Annual administration report of the Civil Veterinary Department, Ajmere-Merwara, British Rajputana - 1914-1940
Year: 1914
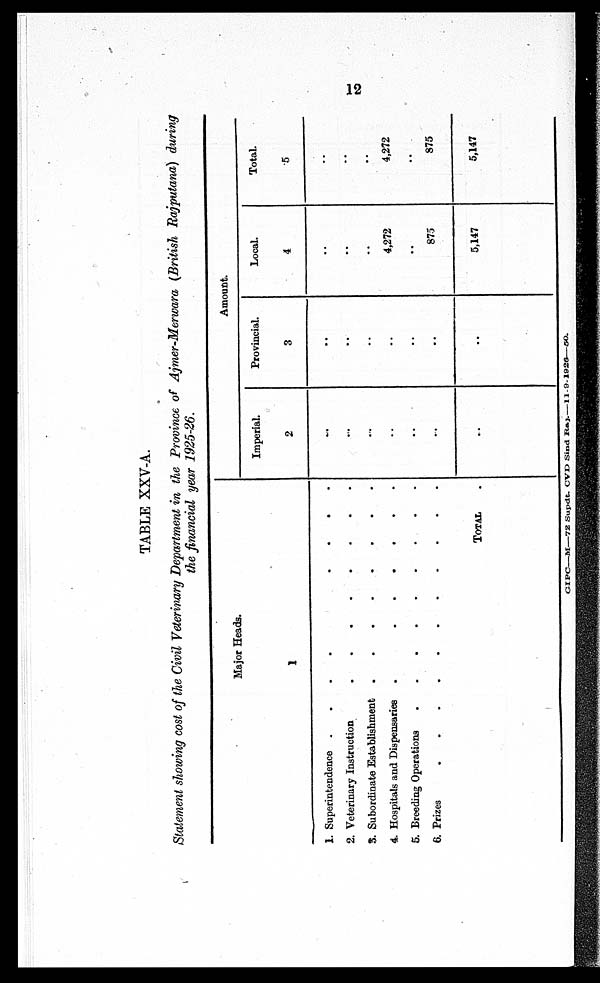
12
TABLE XXV-A.
Statement showing cost of the Civil Veterinary Department in the Province of Ajmer-Merwara (British Rajputana) during
the financial year 1925-26.
Major Heads.
1
1. Superintendence .
.
.
.
.
.
.
2. Veterinary Instruction . . . . . . .
3. Subordinate Establishment . . . . . . .
4. Hospitals and Dispensaries
.
.
.
.
.
.
.
5. Breeding Operations . . . . . . .
6. Prizes
.
.
.
.
.
.
.
TOTAL
.
Amount.
Imperial.
2
..
..
..
..
..
..
..
Provincial.
3
..
...
..
..
..
..
..
Local.
4
..
..
..
4,272
..
875
5,147
Total.
5
..
..
..
4,272
..
875
5,147
GIPC—M—72 Supdt. CVD Sind Raj.—11-9-1926—50.